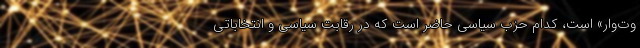
وت‌وار» است، کدام حزب سیاسی حاضر است که در رقابت سیاسی و انتخاباتی